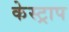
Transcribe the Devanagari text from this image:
केस्ट्राप